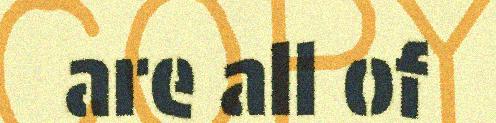
are all of